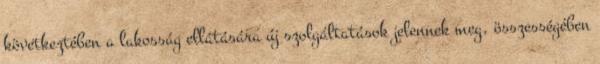
következtében a lakosság ellátására új szolgáltatások jelennek meg, összességében